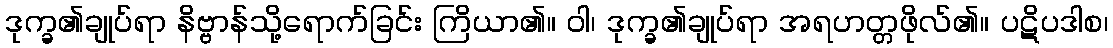
ဒုက္ခ၏ချုပ်ရာ နိဗ္ဗာန်သို့ရောက်ခြင်း ကြိယာ၏။ ဝါ၊ ဒုက္ခ၏ချုပ်ရာ အရဟတ္တဖိုလ်၏။ ပဋိပဒါစ၊